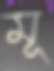
মূ